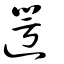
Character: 遌